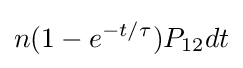
n(1-e^{-t/\tau })P_{12}dt